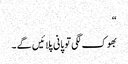
“
بھوک لگی تو پانی پلائیں گے ۔